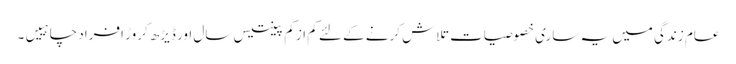
عام زندگی میں یہ ساری خصوصیات تلاش کرنے کے لئے کم ازکم پینتیس سال اور ڈیڑھ کروڑ افراد چاہییں۔